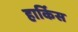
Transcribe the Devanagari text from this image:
हार्किस